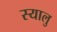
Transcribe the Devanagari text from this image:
स्यालु